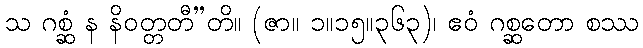
သ ဂစ္ဆံ န နိဝတ္တတီ”တိ။ (ဇာ။ ၁။၁၅။၃၆၃)၊ ဧဝံ ဂစ္ဆတော စဿ